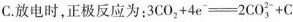
C.放电时，正极反应为：$$3 C O _ {2} + 4 e^{-} = 2 C O ^ {2-} _ {3} + C$$